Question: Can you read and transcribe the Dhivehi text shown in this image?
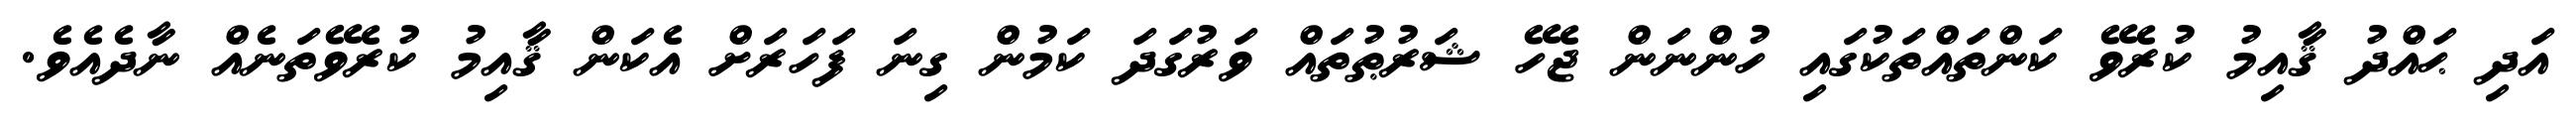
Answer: އަދި ޙައްދު ޤާއިމު ކުރެވޭ ކަންތައްތަކުގައި ހުންނަން ޖެހޭ ޝަރުޠުތައް ވަރުގަދަ ކަމުން ގިނަ ފަހަރަށް އެކަން ޤާއިމު ކުރެވޭތަނެއް ނާދެއެވެ.